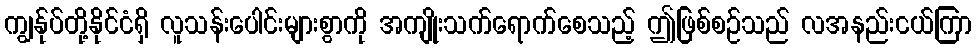
ကျွန်ုပ်တို့နိုင်ငံရှိ လူသန်းပေါင်းများစွာကို အကျိုးသက်ရောက်စေသည့် ဤဖြစ်စဉ်သည် လအနည်းငယ်ကြာ